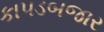
કાપડબજાર